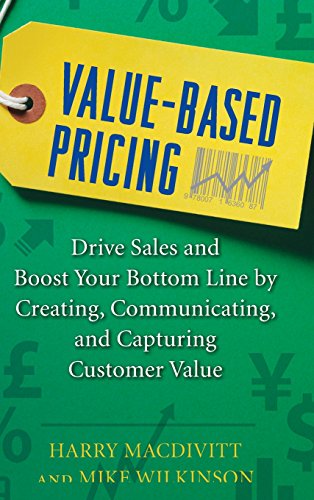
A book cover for Value-Based Pricing: Drive Sales and Boost Your Bottom Line by Creating, Communicating and Capturing Customer Value; Harry Macdivitt; Business & Money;